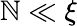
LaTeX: \mathbb{N}\ll\xi